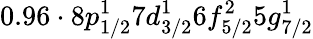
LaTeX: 0.96\cdot 8p_{1/2}^{1}7d_{3/2}^{1}6f_{5/2}^{2}5g_{7/2}^{1}